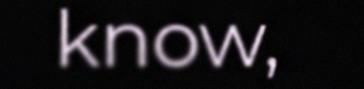
know,